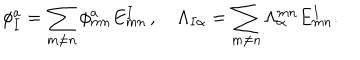
\phi _ { I } ^ { a } = \sum _ { m \ne n } \phi _ { m n } ^ { a } E _ { m n } ^ { I } \, , \quad \Lambda _ { I \alpha } = \sum _ { m \ne n } \Lambda _ { \alpha } ^ { m n } E _ { m n } ^ { I } .